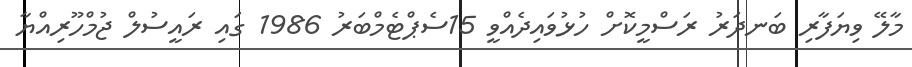
މާލޭ ވިޔަފާރި ބަނދަރު ރަސްމީކޮށް ހުޅުވައިދެއްވީ 15ސެޕްޓެމްބަރު 1986 ގައި ރައީސުލް ޖުމްހޫރިއްޔާ